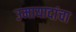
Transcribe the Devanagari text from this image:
उमायादांचा